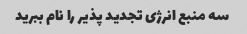
سه منبع انرژی تجدید پذیر را نام ببرید